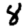
Digit: 8